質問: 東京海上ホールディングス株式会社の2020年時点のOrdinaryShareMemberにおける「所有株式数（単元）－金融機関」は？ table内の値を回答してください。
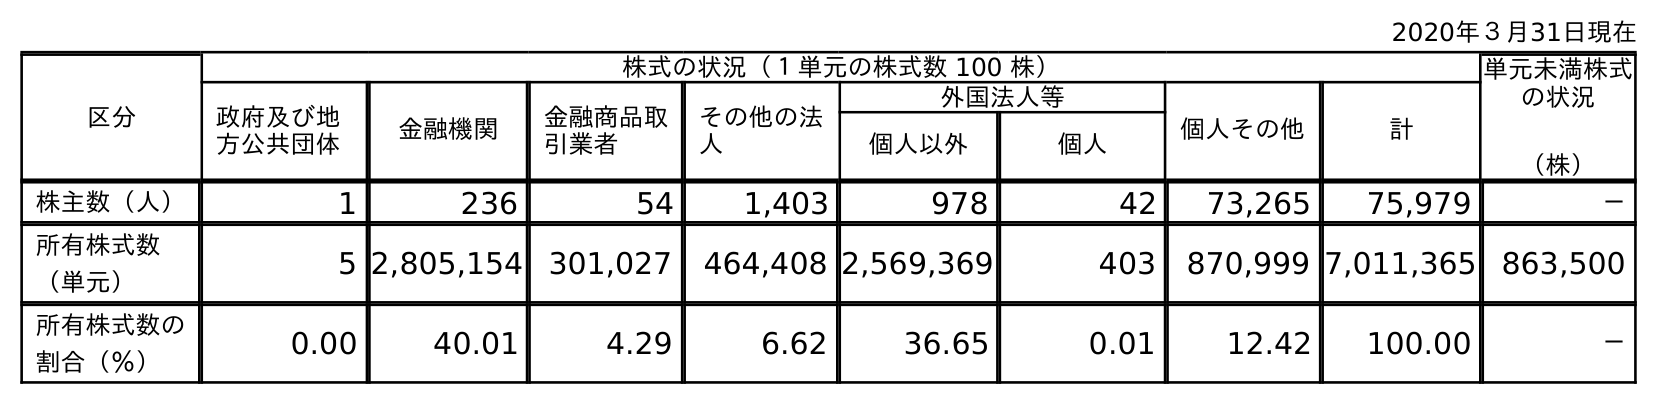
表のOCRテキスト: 2020年３月31日現在 区分 株式の状況（１単元の株式数 100 株） 単元未満株式 の状況 （株） 政府及び地 方公共団体 金融機関 金融商品取 引業者 その他の法 人 外国法人等 個人その他 計 個人以外 個人 株主数（人） 1 236 54 1,403 978 42 73,265 75,979 － 所有株式数 （単元） 5 2,805,154 301,027 464,408 2,569,369 403 870,999 7,011,365 863,500 所有株式数の 割合（％） 0.00 40.01 4.29 6.62 36.65 0.01 12.42 100.00 －
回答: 2,805,154